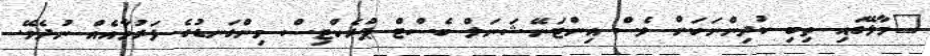
"މާލޭގައި ތިބި ކުދިންނަކަށް ވެސް އިންޓަނޭޝަނަލް ބެސްޓް ޕްރެކްޓިސް މިންގަނޑުގެ ފަރުވާއެއް ނުދެވޭ.